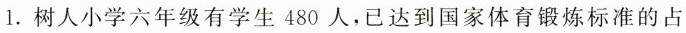
1.树人小学六年级有学生480人，已达到国家体育锻炼标准的占